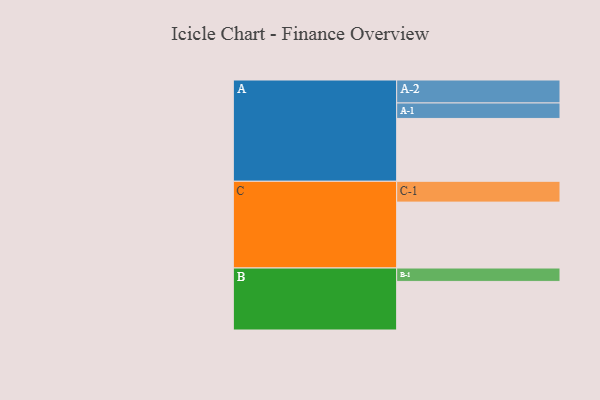
{"axis": {"x": "Segment", "y": "Value"}, "legend": ["", "A", "B", "C"], "data": [{"x": "A", "y": 446, "type": ""}, {"x": "B", "y": 345, "type": ""}, {"x": "C", "y": 468, "type": ""}, {"x": "A-1", "y": 110, "type": "A"}, {"x": "A-2", "y": 163, "type": "A"}, {"x": "B-1", "y": 95, "type": "B"}, {"x": "C-1", "y": 148, "type": "C"}]}